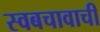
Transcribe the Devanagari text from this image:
स्वबचावाची